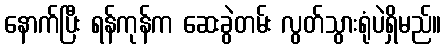
နောက်ပြီး ရန်ကုန်က ဆေးခွဲတမ်း လွတ်သွားရုံပဲရှိမည်။